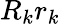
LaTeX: R_{k}r_{k}